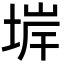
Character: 堓